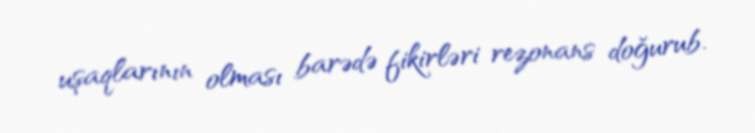
uşaqlarının olması barədə fikirləri rezonans doğurub.